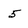
Character: 5